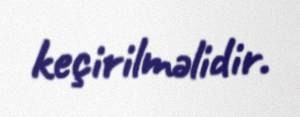
keçirilməlidir.